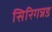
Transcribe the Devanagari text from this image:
सिरिगन्नड